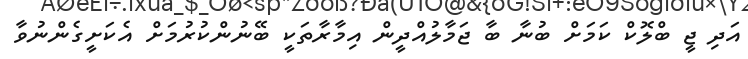
އަދި ޖީ ބްލޮކް ކަމަށް ބުނާ ބާ ޖަމާލުއްދީން އިމާރާތަކީ ބޭނުންކުރުމަށް އެކަށީގެންނުވާ